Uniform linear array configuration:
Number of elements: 12
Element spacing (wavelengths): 1
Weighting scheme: blackman
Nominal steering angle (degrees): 0
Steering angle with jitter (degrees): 1.107
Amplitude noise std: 0.05
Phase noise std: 0.05

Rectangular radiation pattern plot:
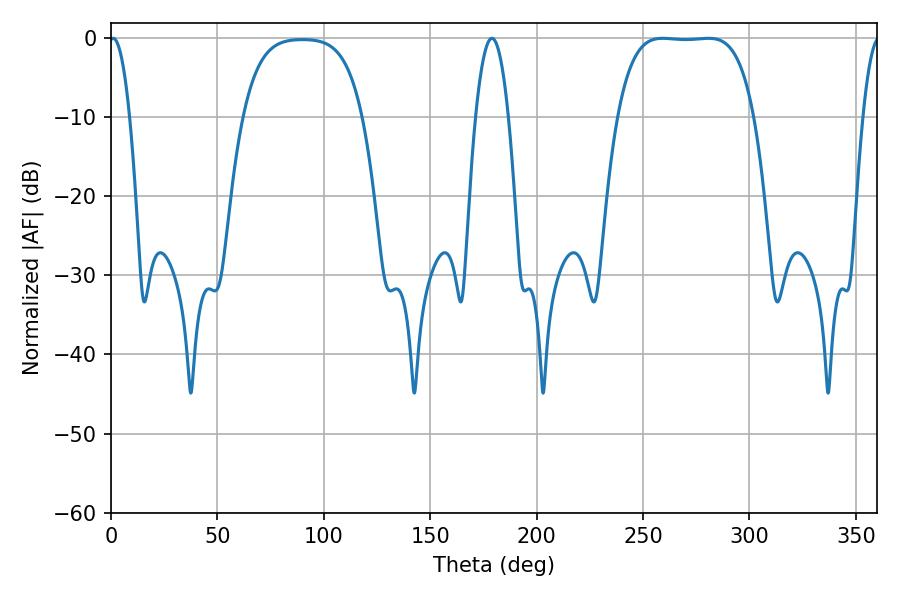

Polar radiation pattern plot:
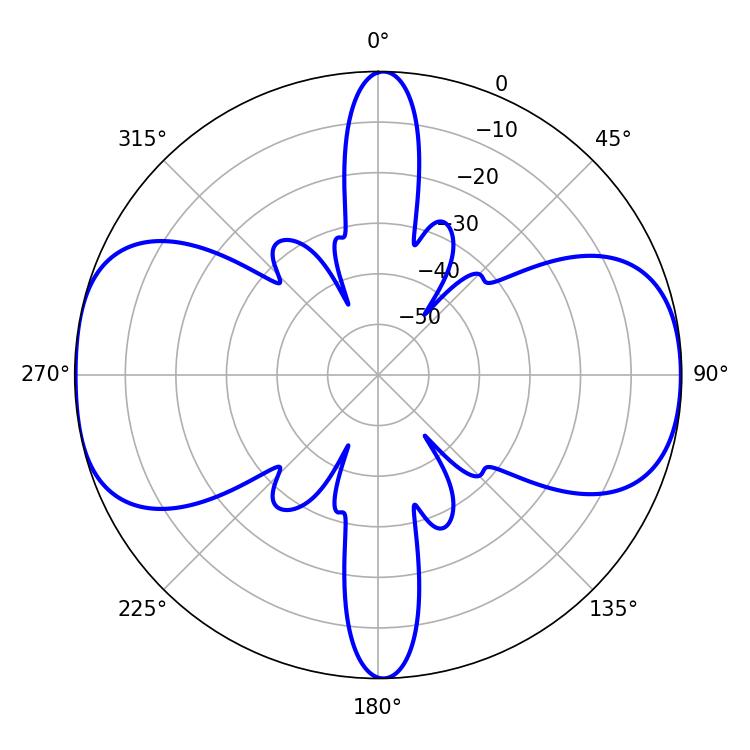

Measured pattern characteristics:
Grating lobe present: TRUE
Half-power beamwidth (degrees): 49.68
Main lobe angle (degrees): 259.2